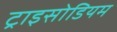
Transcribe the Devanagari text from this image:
ट्राइसोडियम